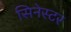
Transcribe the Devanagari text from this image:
सिनेस्टर